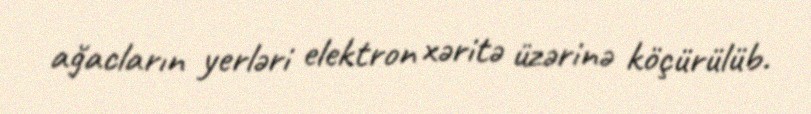
ağacların yerləri elektron xəritə üzərinə köçürülüb.